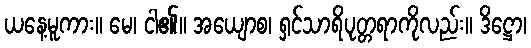
ယနေ့မူကား။ မေ၊ ငါ၏။ အယျောစ၊ ရှင်သာရိပုတ္တရာကိုလည်း။ ဒိဋ္ဌော၊